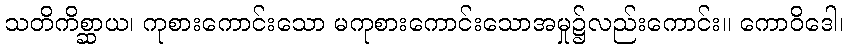
သတိကိစ္ဆာယ၊ ကုစားကောင်းသော မကုစားကောင်းသောအမှု၌လည်းကောင်း။ ကောဝိဒေါ၊